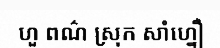
ហួ ពណ៌ ស្រុក សាំហ្នឿ